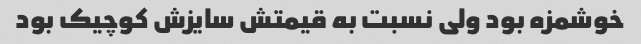
خوشمزه بود ولی نسبت به قیمتش سایزش کوچیک بود